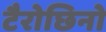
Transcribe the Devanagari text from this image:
टैरोछिनो